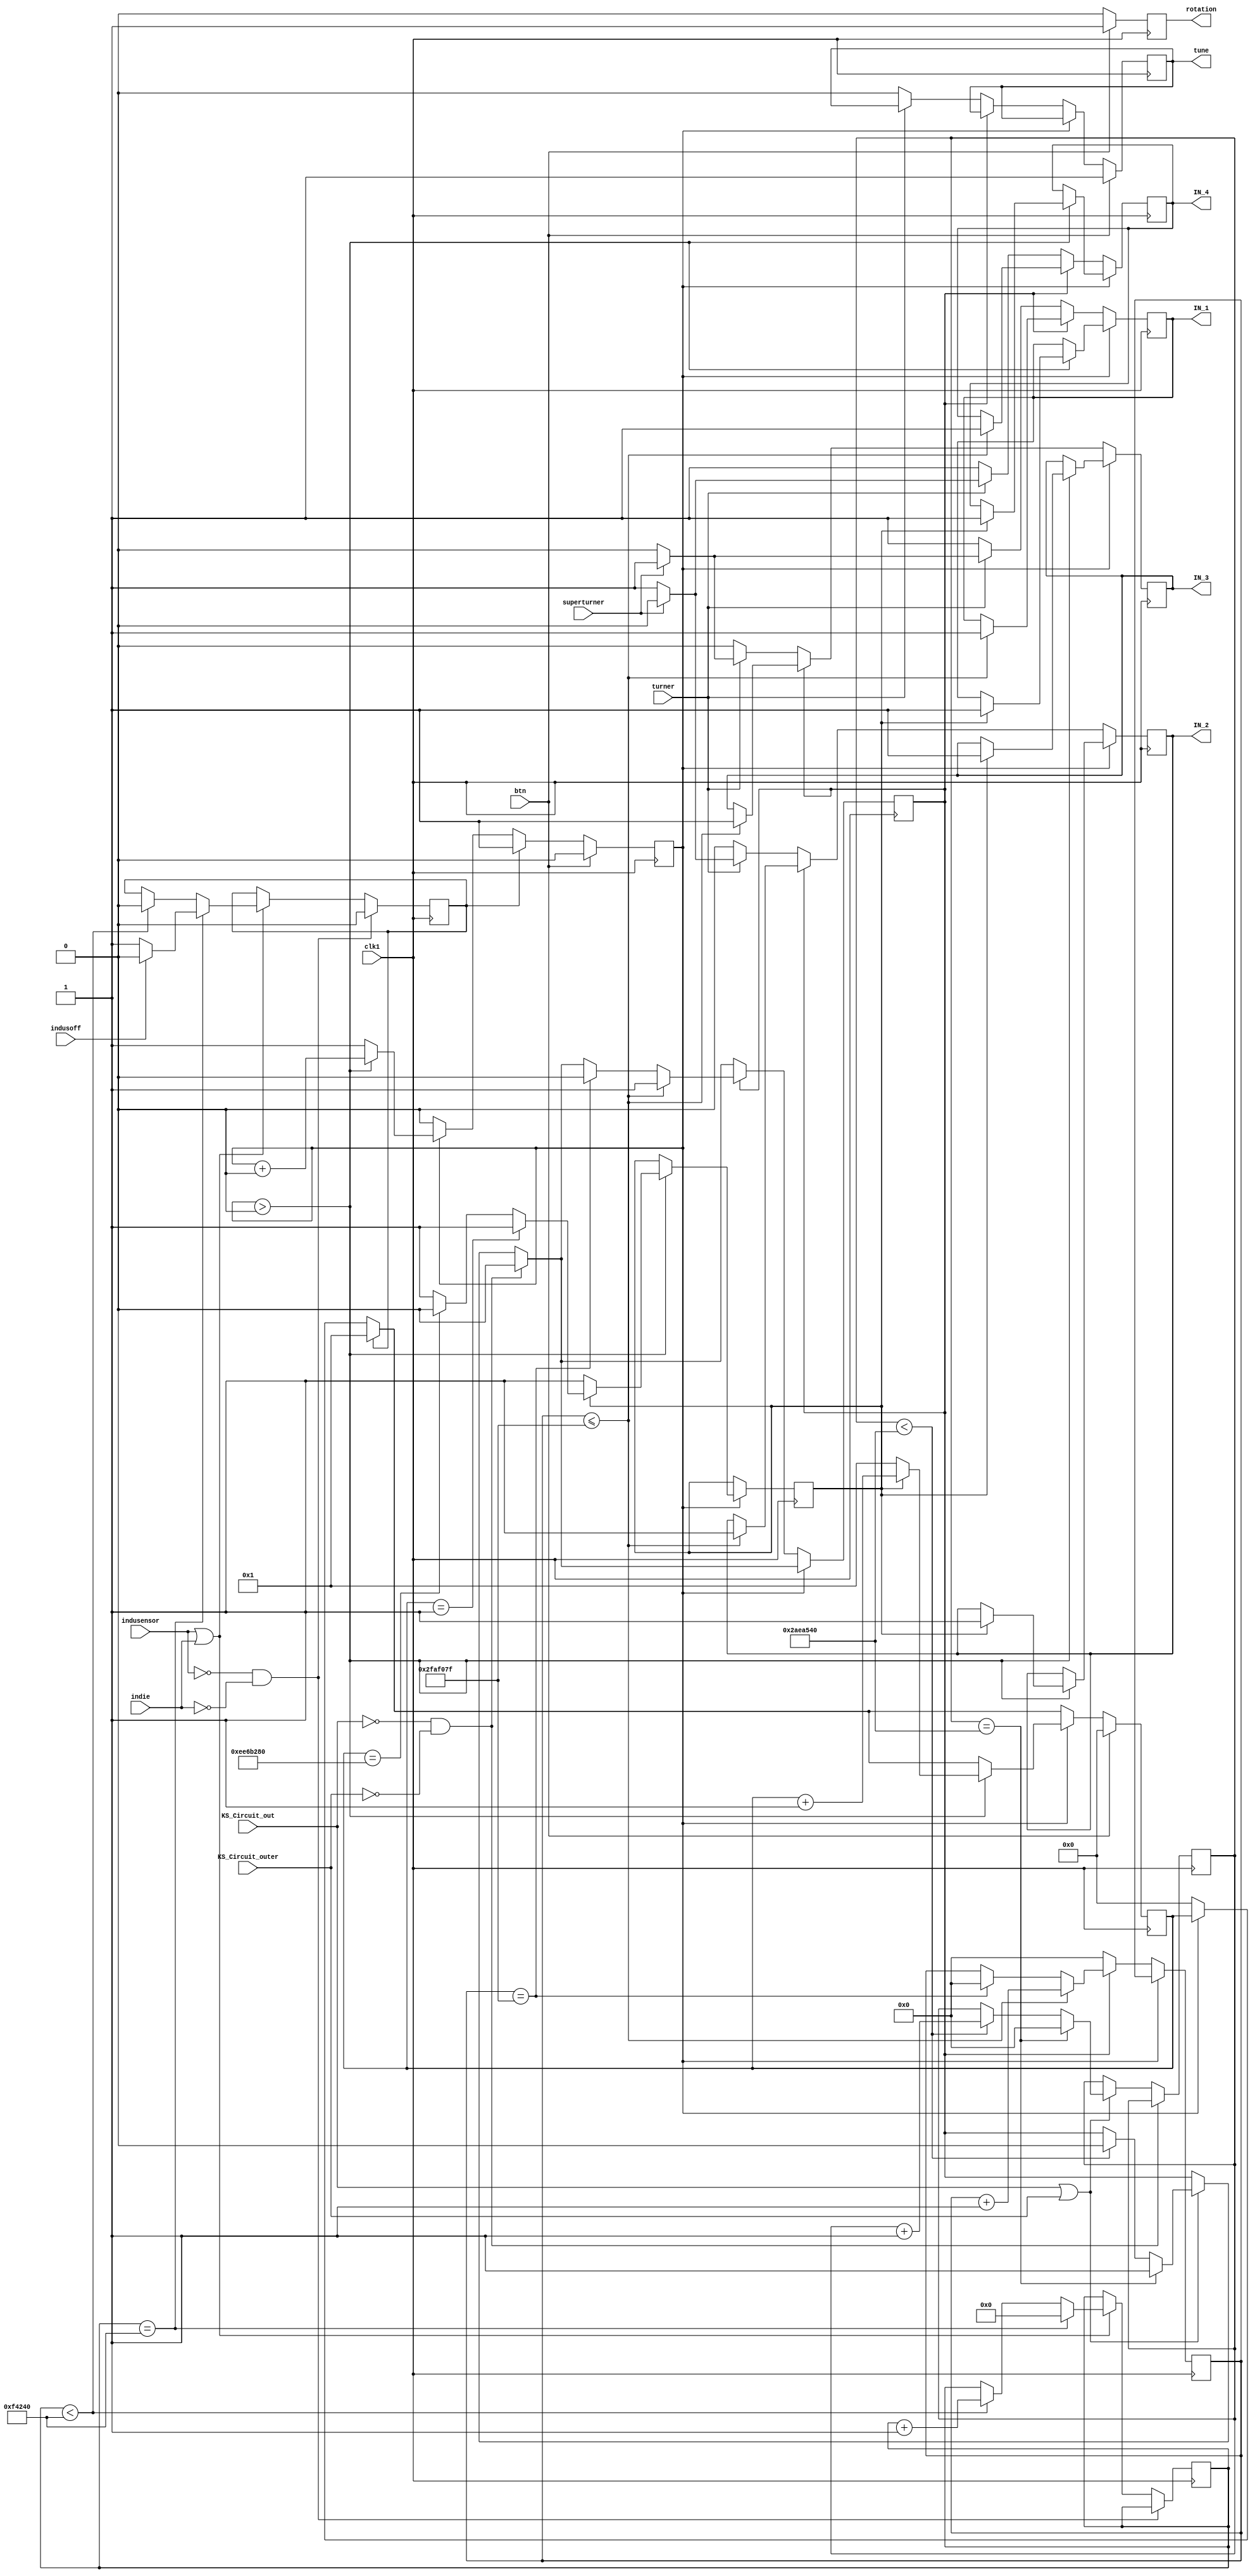
`timescale 1ns / 1ps
/////////////////////////////////////////////////////////////////////////////////
// Company: 
// Engineer: 
// 
// Design Name: 
// Module Name:    CurrentSensor 
// Project Name: 
// Target Devices: 
// Tool versions: 
// Description: 
//
// Dependencies: 
//
// Revision: 
// Revision 0.01 - File Created
// Additional Comments: 
//
///////////////////////////////////////////////////////////////////////////////
module CurrentSensor(input clk1,
input KS_Circuit_out,
input KS_Circuit_outer,
	//input dir_l,
	input btn,
	input indusensor,
	input indie,
	input turner,
	input superturner,
	input indusoff,
   output IN_1,
	output IN_2,
	output IN_3,
	output IN_4,
	output reg rotation,
	output reg tune
	);
	
//	reg count;
//   reg count1;
//   reg [15:0] outer;
	reg  temp_IN1;
	reg  temp_IN2;
	reg  temp_IN3;
	reg  temp_IN4;
	reg  [25:0] x;
	reg  flag;
	reg jaja;
	reg [27:0] jeje;
	reg flaga;
	reg figi;
	reg [19:0] counter;
	reg [25:0] conte;
	
	initial begin
	x<=0;
	flag<=0;
	flaga<=0;
	jaja<=0;
	jeje<=0;
	figi<=0;
	temp_IN1<=0;
	temp_IN2<=0;
	temp_IN3<=0;
	temp_IN4<=1;
	conte <=0;
	rotation<=0;
	tune<=0;
	end
	
				
  assign IN_2=temp_IN2;
  assign IN_1=temp_IN1;
  assign IN_3=temp_IN3;
  assign IN_4=temp_IN4;
		
always @ (posedge clk1) 
begin
	 
	 if ((KS_Circuit_out==0)&&(KS_Circuit_outer==0))  //Input From Sense pin of H-bridge
	  flag<=0;
	  
	 else if((KS_Circuit_out==1)||(KS_Circuit_outer==1))
	 begin
	 if (conte==45000000) 
	 begin
		flag<=1;
		conte<=0;
	end
	
    else if(conte<45000000)
	 begin
		flag<=0;
		conte<= conte +1;
		end
	end
///////////////////////////////////////////////////////////////////////////////
	 if ((indusensor==0)&&(indie==0))
	 figi<=0;
	 
	 else if ((indusensor==1)||(indie==1))
	 begin
	 
	 if (counter==1000000)
	 begin
	 counter<=0;
		if (indusoff==1)
				 begin
					figi<=0;
				end
		else if (indusoff==0)
					begin
					
						figi<=1;
					end
	end
	
    else if(counter<1000000)
	 begin
		figi<=0;
		counter<= counter +1;
		end
	end
		
 
	 if (figi==1) 
	 begin 		
	 jaja<=1;
	 jeje<=28'd1;
		end
	 
		
	 else if (figi==0) 
	 begin
		if (jaja==0)
		jeje<=0;
		else if (jaja>0)
		jaja<=jaja+0;
		
	end
		
	////////////////////////////////////////////////////////////////////////////		
		

 if (jaja==0)
 begin


		if (flag==1) begin
		   if (x<=26'd49_999_999)
							begin 	// stops motor for 1 second using inputs						
							temp_IN1 <=1;
							temp_IN2 <=1;
							temp_IN4 <=1;
			            temp_IN3 <=1;
	
						   x<=x+1;
							flag<=1;
							end
		
	     else if (x==26'd49_999_999) 
	     begin
			flag<=0;
			x<=0;
			end
	 end
	
 else if (flag==0)
	begin //forward direction for motors
		if (turner==0)
		  begin
			 temp_IN1 <=1;
			 temp_IN2 <=0;
			 temp_IN4 <=1;
			temp_IN3 <=0;
	       x<=0;
			 tune<=0;
		  end
		
	else if (turner ==1)
		begin
			if (superturner==0) //Left turn
			begin
			temp_IN1 <=0;
			 temp_IN2 <=1;
			 temp_IN4 <=1;
			temp_IN3 <=0;
	       x<=0;
			end
			
			else if (superturner==1) //Right turn
			begin
			temp_IN1 <=1;
			 temp_IN2 <=0;
			 temp_IN4 <=0;
			temp_IN3 <=1;
	       x<=0;
			end
				
     end
   end	

end
		
else  if (jaja>0)
begin	
   
	
	if (jeje==1) //5-second count up
		flaga<=1;		
	else if (jeje==28'd250000000) // 5-second count down
	flaga<=0;
	
	
		 if (flaga==1)
		 
		 begin //5-second stop
		temp_IN1 <=1;
		temp_IN2 <=1;
		temp_IN4 <=1;
		temp_IN3 <=1;
		 jeje<=jeje+1;
		 end
		 
		 else if(flaga==0)
		 
		 begin     //permanent stop
		 flaga<=1;
		 jeje<=1;
		 end		
			
end
				

if (btn==1)
begin
jaja<=0;
jeje<=0;
tune<=1;
 rotation<=1;// throw output reg flag to Frequency_Counter to set value to 180- degree turn case
end

else if (btn==0)


rotation<=0;
end

	endmodule